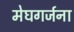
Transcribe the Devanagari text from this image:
मेघगर्जना